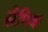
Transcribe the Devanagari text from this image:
सैपिक